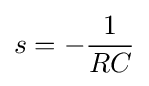
s=-{\frac {1}{RC}}